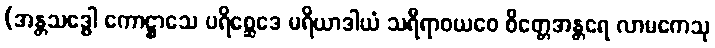
(အန္တသဒ္ဓေါ ကောဋ္ဌာသေ ပရိစ္ဆေဒေ မရိယာဒါယံ သရီရာဝယဝေ စိတ္တေအန္တရေ လာမကေသု